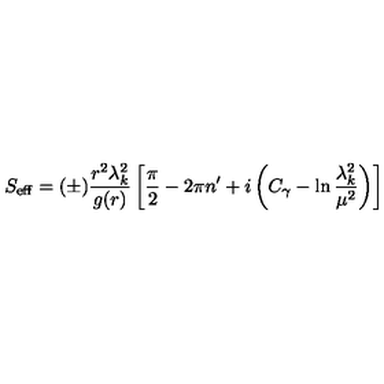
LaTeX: S _ { \mathrm { e f f } } = ( \pm ) { \frac { r ^ { 2 } \lambda _ { k } ^ { 2 } } { g ( r ) } } \left[ { \frac { \pi } { 2 } } - 2 \pi n ^ { \prime } + i \left( C _ { \gamma } - \ln { \frac { \lambda _ { k } ^ { 2 } } { \mu ^ { 2 } } } \right) \right]